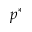
p ^ { * }